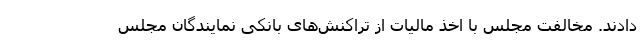
دادند. مخالفت مجلس با اخذ مالیات از تراکنش‌های بانکی نمایندگان مجلس